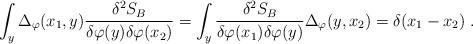
LaTeX: \begin{align*}\int_y \Delta_\varphi(x_1,y) \frac{\delta^2 S_B}{\delta\varphi(y)\delta\varphi(x_2)}=\int_y \frac{\delta^2 S_B}{\delta\varphi(x_1)\delta\varphi(y)}\Delta_\varphi(y,x_2)=\delta(x_1-x_2) \;.\end{align*}